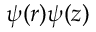
\psi ( r ) \psi ( z )